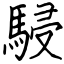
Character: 駸